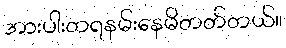
အားပါးတရနမ်းနေမိတတ်တယ်။